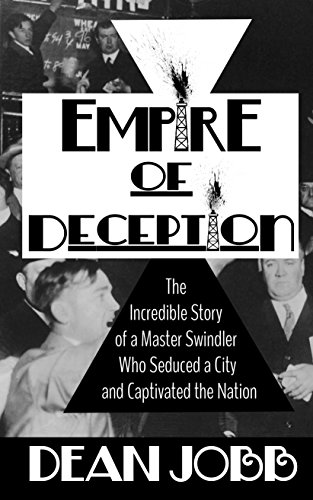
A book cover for Empire Of Deception (Thorndike Large Print Crime Scene); Dean Jobb; Biographies & Memoirs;